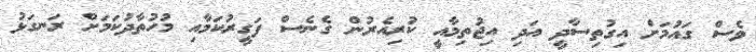
ވެސް ގައުމަށް އިގުތިސާދީ އަދި އިޖުތިމާއީ ކުރިއެރުން ގެނެސް ފަގީރުކަމާއި މުހުތާދުކަމަށް ރަނގަޅު